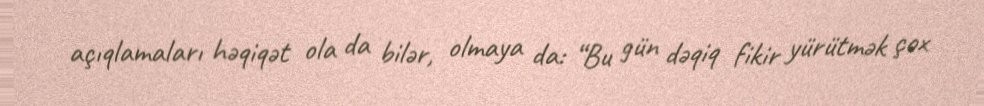
açıqlamaları həqiqət ola da bilər, olmaya da: “Bu gün dəqiq fikir yürütmək çox